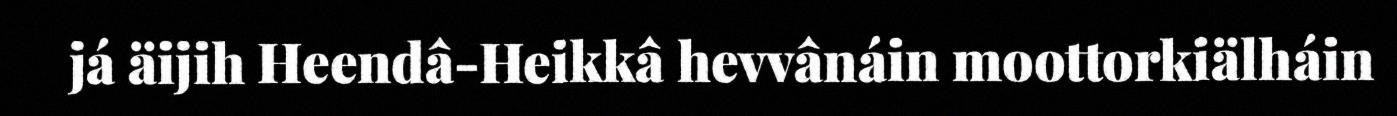
já äijih Heendâ-Heikkâ hevvânáin moottorkiälháin